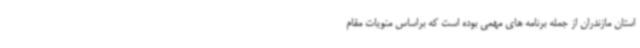
استان مازندران از جمله برنامه های مهمی بوده است که براساس منویات مقام